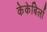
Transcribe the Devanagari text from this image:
केकेबिर्ला